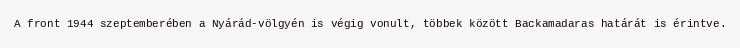
A front 1944 szeptemberében a Nyárád-völgyén is végig vonult, többek között Backamadaras határát is érintve.